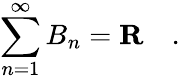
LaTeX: \sum_{n=1}^{\infty}B_{n}=\mathbf{R}\quad.